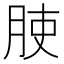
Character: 𱼅